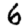
Digit: 6